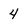
Character: 4